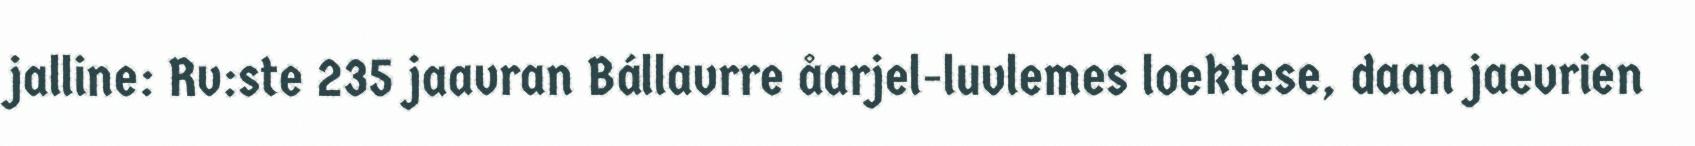
jalline: Rv:ste 235 jaavran Bállavrre åarjel-luvlemes loektese, daan jaevrien